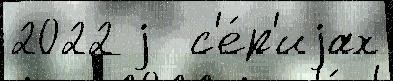
2022 j  с'е́р'иjах